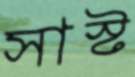
সাস্ট